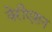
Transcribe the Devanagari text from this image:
वेरीएशन